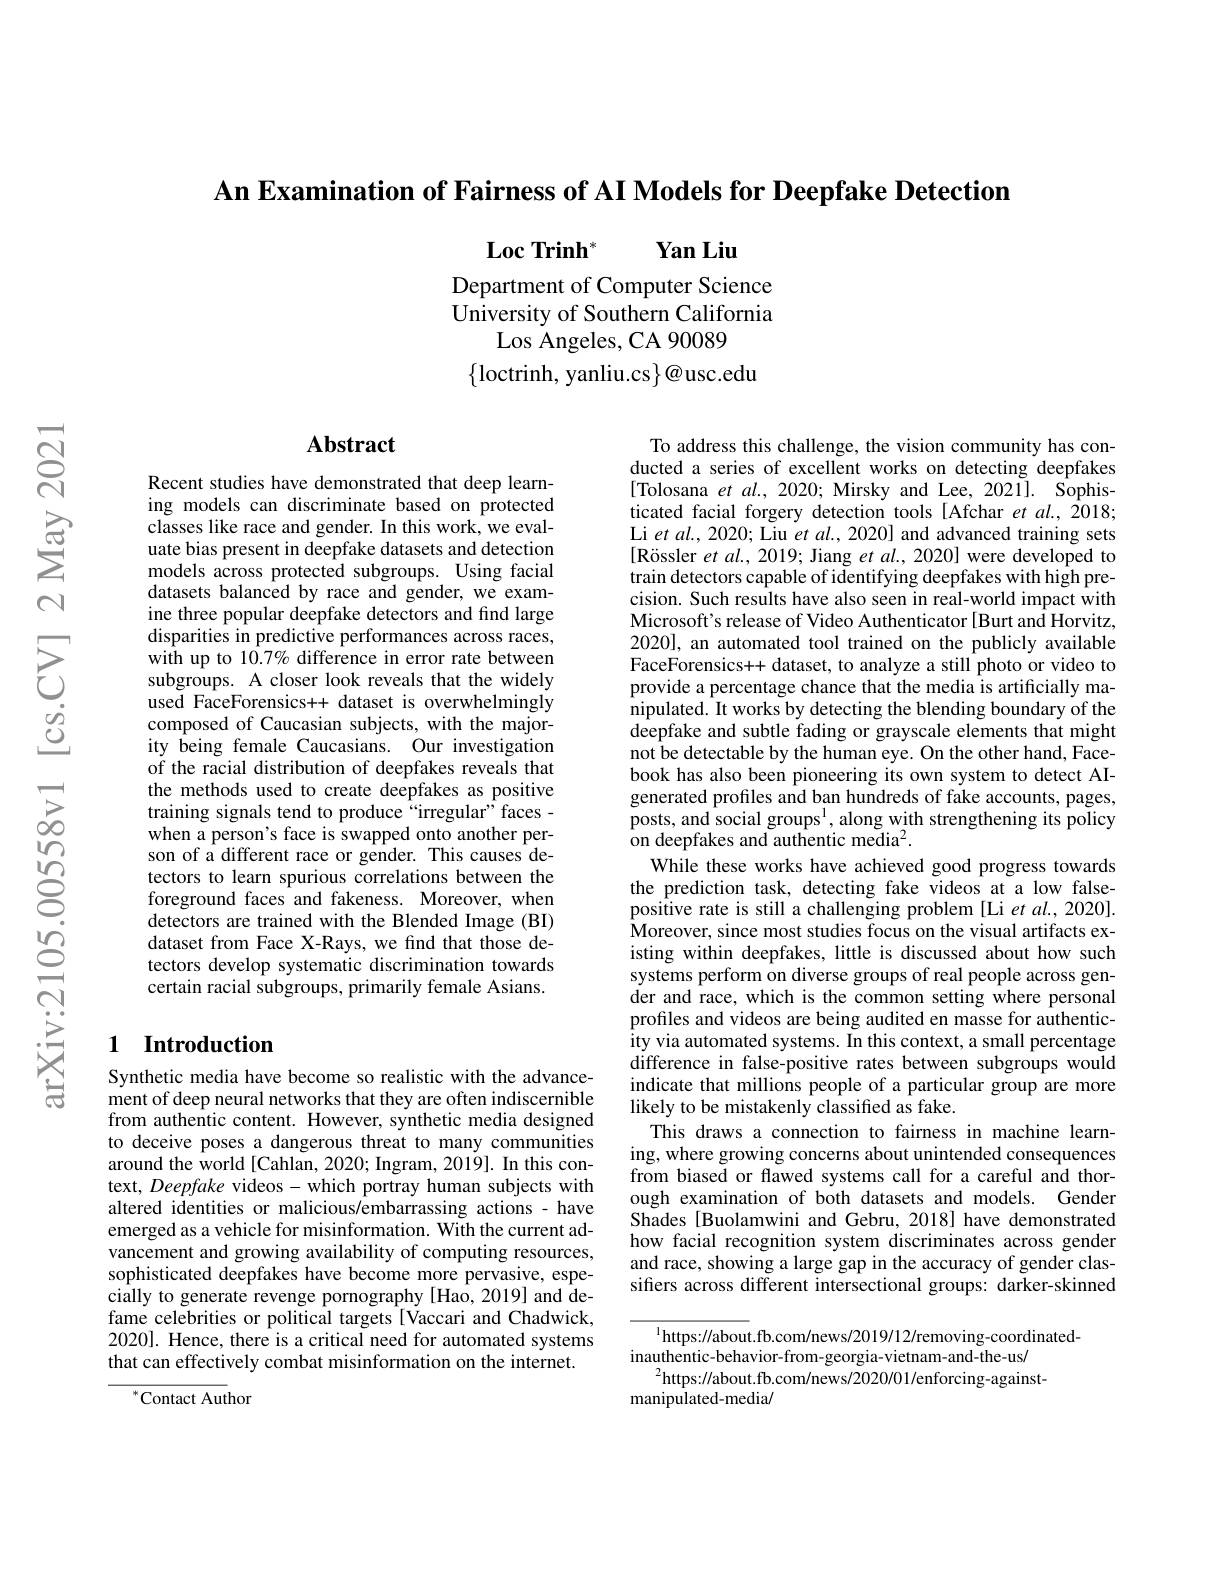
An Examination of Fairness of AI Models for Deepfake Detection

$\textbf{Loc Trinh}^{* }$ $\textbf{Yan Liu}$

Department of Computer Science University of Southern California
Los Angeles, CA 90089
$\{$loctrinh, yanliu.cs$\}@$usc.edu

## Abstract

Recent studies have demonstrated that deep learning models can discriminate based on protected classes like race and gender. In this work, we evaluate bias present in deepfake datasets and detection models across protected subgroups. Using facial datasets balanced by race and gender, we examine three popular deepfake detectors and find large disparities in predictive performances across races, with up to 10.7% difference in error rate between subgroups. A closer look reveals that the widely used FaceForensics++ dataset is overwhelmingly composed of Caucasian subjects, with the majority being female Caucasians. Our investigation of the racial distribution of deepfakes reveals that the methods used to create deepfakes as positive training signals tend to produce “irregular”faces - when a person's face is swapped onto another person of a different race or gender. This causes detectors to learn spurious correlations between the foreground faces and fakeness. Moreover, when detectors are trained with the Blended Image (BI) dataset from Face X-Rays, we find that those detectors develop systematic discrimination towards certain racial subgroups, primarily female Asians.

To address this challenge, the vision community has conducted a series of excellent works on detecting deepfakes [Tolosana et $al.,2020;$ Mirsky and Lee, 2021]. Sophisticated facial forgery detection tools [Afchar et al., 2018; Li et $al,2020;$ Liu et $al.,2020]$ and advanced training sets $[ \text{R\"{o} ssler }etal. , 2019;$ Jiang $etal.,2020]$ were developed to train detectors capable of identifying deepfakes with high precision. Such results have also seen in real-world impact with Microsoft's release of Video Authenticator [Burt and Horvitz, 2020], an automated tool trained on the publicly available FaceForensics++ dataset, to analyze a still photo or video to provide a percentage chance that the media is artificially manipulated. It works by detecting the blending boundary of the deepfake and subtle fading or grayscale elements that might not be detectable by the human eye. On the other hand, Facebook has also been pioneering its own system to detect AIgenerated profiles and ban hundreds of fake accounts, pages, posts, and social groups$^1$, along with strengthening its policy ${\mathrm{~on~deepfakes~and~authentic~me}}{\mathrm{dia}^{2}}.$
While these works have achieved good progress towards the prediction task, detecting fake videos at a low falsepositive rate is still a challenging problem [Li et al., 2020]. $\hat{\text{Moreover, since most studies focus on the visual artifacts ex-}}$ isting within deepfakes, little is discussed about how such systems perform on diverse groups of real people across gender and race, which is the common setting where personal profiles and videos are being audited en masse for authentic- $\hat{\text{ity via automated systems. In this context, a small percentage}}$ difference in false-positive rates between subgroups would indicate that millions people of a particular group are more likely to be mistakenly classified as fake.
This draws a connection to fairness in machine learning, where growing concerns about unintended consequences from biased or flawed systems call for a careful and thorough examination of both datasets and models. Gender Shades [Buolamwini and Gebru, 2018] have demonstrated how facial recognition system discriminates across gender and race, showing a large gap in the accuracy of gender classifers across different intersectional groups: darker-skinned

## 1 Introduction

Synthetic media have become so realistic with the advancement of deep neural networks that they are often indiscernible from authentic content. However, synthetic media designed to deceive poses a dangerous threat to many communities around the world [Cahlan, 2020; Ingram, 2019]. In this context, Deepfake videos- which portray human subjects with altered identities or malicious/embarrassing actions - have emerged as a vehicle for misinformation. With the current advancement and growing availability of computing resources, sophisticated deepfakes have become more pervasive, especially to generate revenge pornography[Hao,2019] and defame celebrities or political targets [Vaccari and Chadwick, 2020]. Hence, there is a critical need for automated systems that can effectively combat misinformation on the internet.

$^{1}$https://about.fb.com/news/2019/12/removing-coordinated-
inauthentic-behavior-from-georgia-vietnam-and-the-us/
$^{2}$https://about.fb.com/news/2020/01/enforcing-against-
manipulated-media/

${^{*}\mathrm{Contact~Aut}}$hor